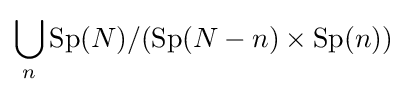
\bigcup _{n}\mathrm {Sp} (N)/(\mathrm {Sp} (N-n)\times \mathrm {Sp} (n))